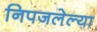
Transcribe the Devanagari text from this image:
निपजलेल्या